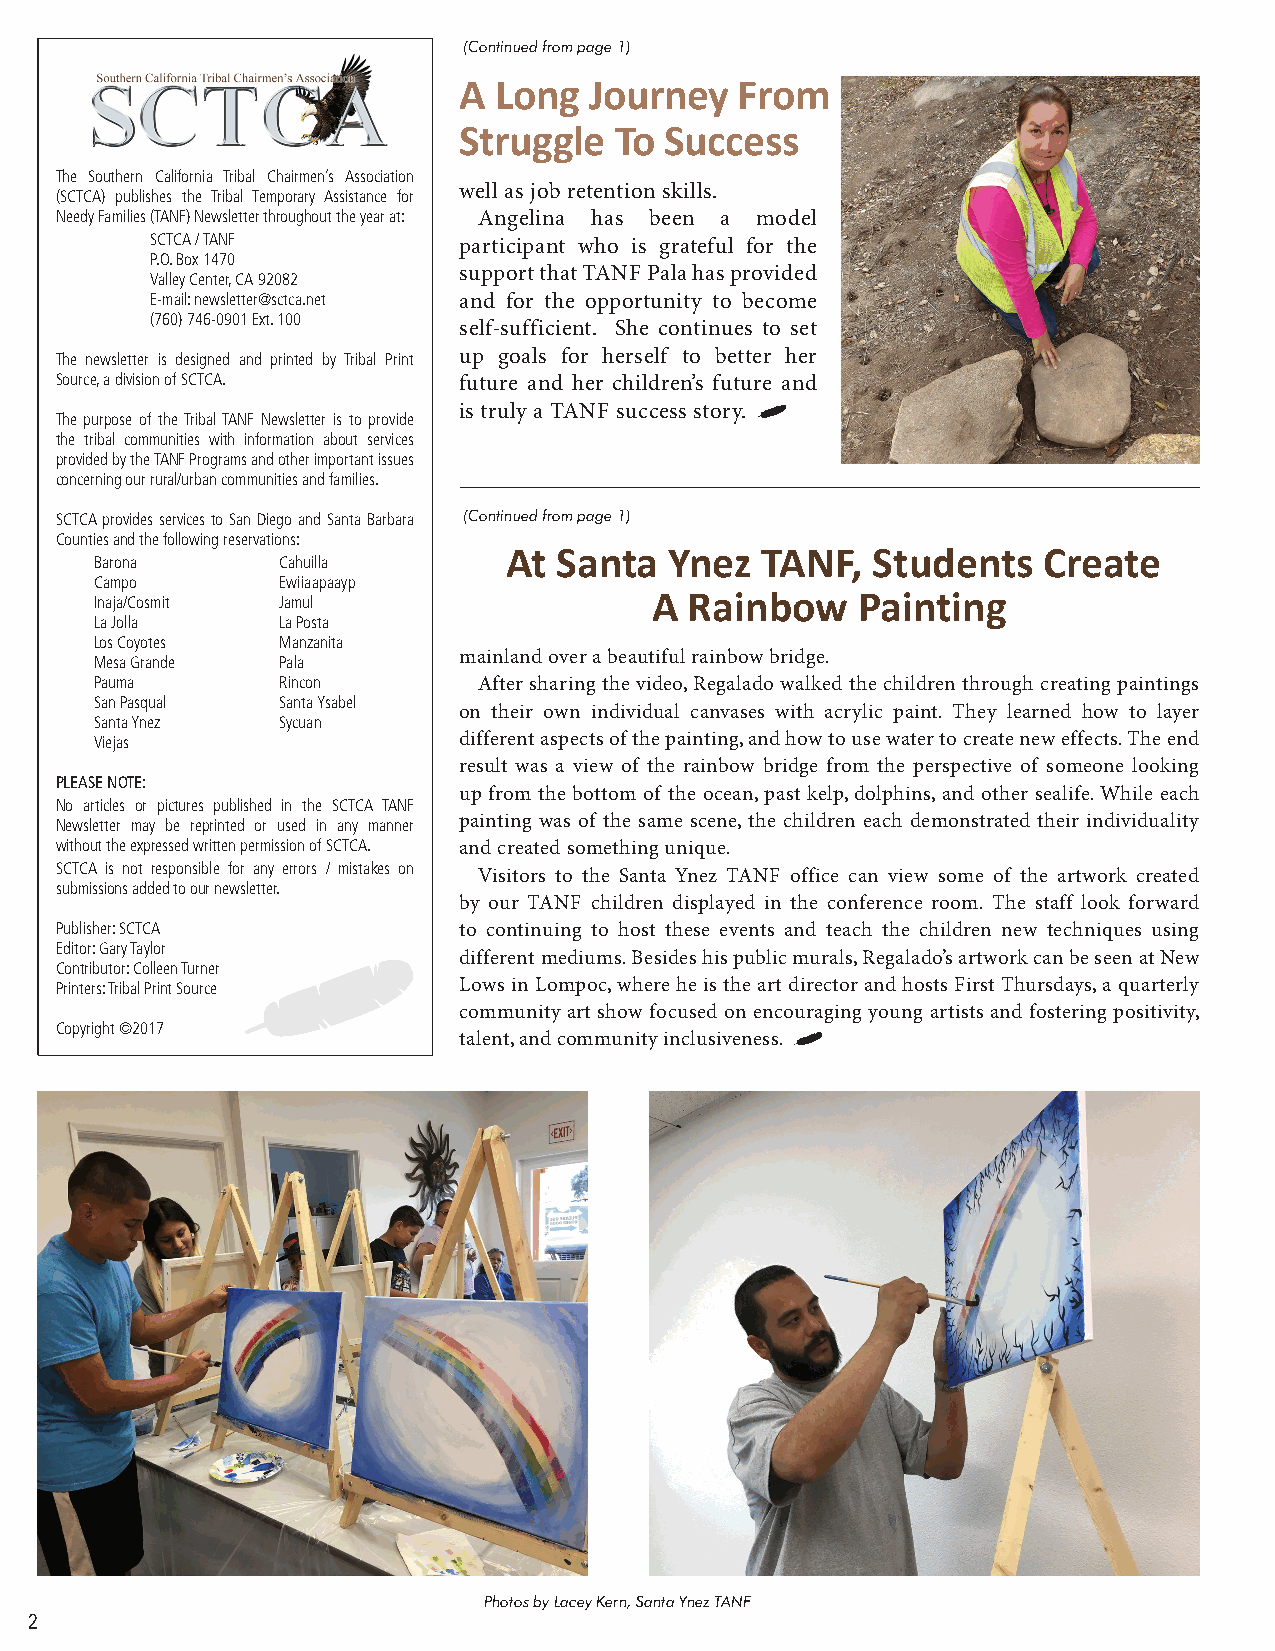
(Continued from page 1)
 A  Long  Journey   From
 Struggle   To Success
 The Southern California Tribal Chairmen’s Association
 well as job retention skills.
 (SCTCA) publishes the Tribal Temporary Assistance for
 Needy Families (TANF) Newsletter throughout the year at: Angelina has been a model
 SCTCA / TANF        participant who is grateful for the
 P.O. Box 1470
 support that TANF Pala has provided
 Valley Center, CA 92082
 E-mail: newsletter@sctca.net and for the opportunity to become
 (760) 746-0901 Ext. 100
 self-sufficient. She continues to set
 The newsletter is designed and printed by Tribal Print up goals for herself to better her
 Source, a division of SCTCA. future and her children’s future and
 is truly a TANF success story.
 The purpose of the Tribal TANF Newsletter is to provide
 the tribal communities with information about services
 provided by the TANF Programs and other important issues
 concerning our rural/urban communities and families.
 SCTCA provides services to San Diego and Santa Barbara (Continued from page 1)
 Counties and the following reservations:
 At Santa  Ynez  TANF,   Students   Create
 Barona      Cahuilla
 Campo       Ewiiaapaayp
 A  Rainbow    Painting
 Inaja/Cosmit Jamul
 La Jolla    La Posta
 Los Coyotes Manzanita
 Mesa Grande Pala        mainland over a beautiful rainbow bridge.
 Pauma       Rincon        After sharing the video, Regalado walked the children through creating paintings
 San Pasqual Santa Ysabel
 on their own individual canvases with acrylic paint. They learned how to layer
 Santa Ynez  Sycuan
 Viejas                  different aspects of the painting, and how to use water to create new effects. The end
 result was a view of the rainbow bridge from the perspective of someone looking
 PLEASE NOTE:
 up from the bottom of the ocean, past kelp, dolphins, and other sealife. While each
 No articles or pictures published in the SCTCA TANF
 Newsletter may be reprinted or used in any manner painting was of the same scene, the children each demonstrated their individuality
 without the expressed written permission of SCTCA. and created something unique.
 SCTCA is not responsible for any errors / mistakes on
 Visitors to the Santa Ynez TANF office can view some of the artwork created
 submissions added to our newsletter.
 by our TANF children displayed in the conference room. The staff look forward
 Publisher: SCTCA          to continuing to host these events and teach the children new techniques using
 Editor: Gary Taylor
 different mediums. Besides his public murals, Regalado’s artwork can be seen at New
 Contributor: Colleen Turner
 Printers: Tribal Print Source Lows in Lompoc, where he is the art director and hosts First Thursdays, a quarterly
 community art show focused on encouraging young artists and fostering positivity,
 Copyright ©2017
 talent, and community inclusiveness.
 Photos by Lacey Kern, Santa Ynez TANF
 2